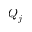
Q _ { j }